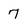
Character: 7